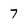
Character: 7